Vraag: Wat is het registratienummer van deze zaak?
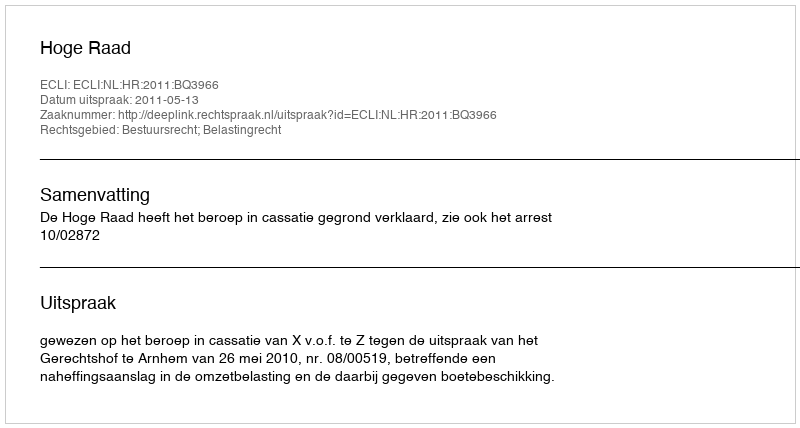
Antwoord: http://deeplink.rechtspraak.nl/uitspraak?id=ECLI:NL:HR:2011:BQ3966